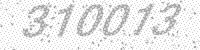
Solution: 310013